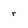
Character: r